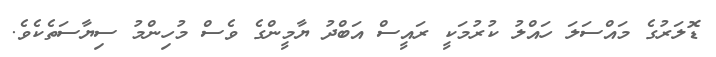
ޑޮލަރުގެ މައްސަލަ ހައްލު ކުރުމަކީ ރައީސް އަބްދު ޔާމީންގެ ވެސް މުހިންމު ސިޔާސަތެކެވެ.